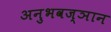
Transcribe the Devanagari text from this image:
अनुभवज्ञान